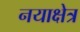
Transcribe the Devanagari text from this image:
नयाक्षेत्र